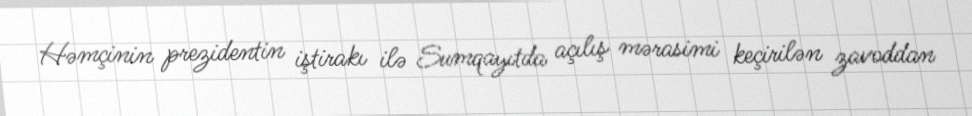
Həmçinin prezidentin iştirakı ilə Sumqayıtda açılış mərasimi keçirilən zavoddan